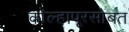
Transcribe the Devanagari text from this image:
कोल्हापूरसोबत